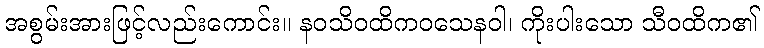
အစွမ်းအားဖြင့်လည်းကောင်း။ နဝသိဝထိကဝသေနဝါ၊ ကိုးပါးသော သီဝထိက၏